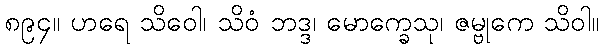
၈၉၄။ ဟရေ သိဝေါ၊ သိဝံ ဘဒ္ဒ၊ မောက္ခေသု၊ ဇမ္ဗုကေ သိဝါ။